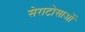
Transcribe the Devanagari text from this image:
सेराटोसाओं